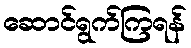
ဆောင်ရွက်ကြရန်